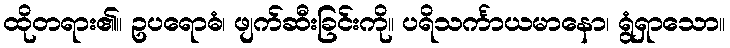
ထိုတရား၏။ ဥပရောဓံ၊ ဖျက်ဆီးခြင်းကို။ ပရိသင်္ကာယမာနော၊ ရွံရှာသော။